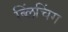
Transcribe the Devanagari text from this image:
ब्लिंचिंग